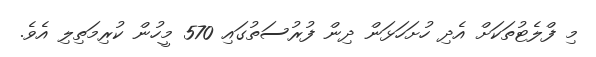
މި ފްލެޓުތަކަށް އެދި ހުށަހަޅަން ދިން ފުރުސަތުގައި 570 މީހުން ކުރިމަތިލި އެވެ.